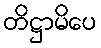
တိဋ္ဌာမိပေ